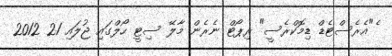
ެ"އެރެސްޓެޑް ޑިމޮކްރެސީ" ރިޕޯޓް ނެރެން މާލޭ ސިޓީ ހޯލްގައި ޖުލައި 21 2012